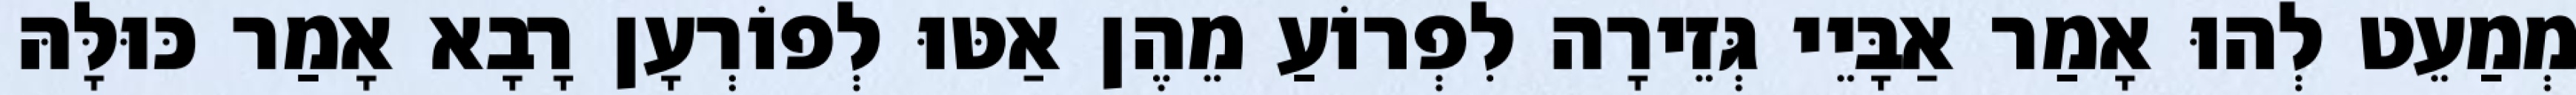
מְמַעֵט לְהוּ אָמַר אַבָּיֵי גְּזֵירָה לִפְרוֹעַ מֵהֶן אַטּוּ לְפוֹרְעָן רָבָא אָמַר כּוּלָּהּ